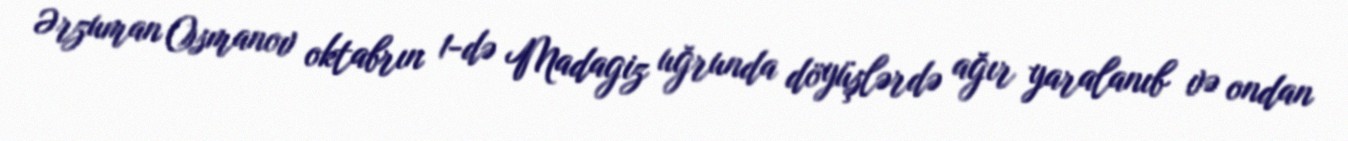
Ərzuman Osmanov oktabrın 1-də Madagiz uğrunda döyüşlərdə ağır yaralanıb və ondan